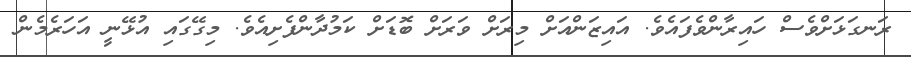
ރަނގަޅަށްވެސް ހައިރާންވެފައެވެ. އައިޒަންއަށް މިރަށް ވަރަށް ބޮޑަށް ކަމުދާންފެށިއެވެ. މިގޭގައި އުޅޭނީ އަހަރެމެން